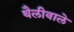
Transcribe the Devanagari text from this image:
थैलीवाले